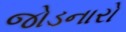
જોડનારો